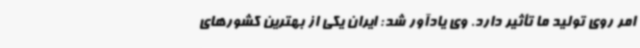
امر روی تولید ما تأثیر دارد. وی یادآور شد: ایران یکی از بهترین کشورهای